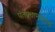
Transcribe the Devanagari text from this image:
पंतप्रधानालाच